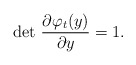
\begin{align*} \det \, \frac{\partial \varphi_t(y)}{\partial y} = 1.\end{align*}